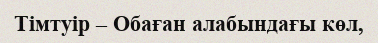
Тімтуір – Обаған алабындағы көл,